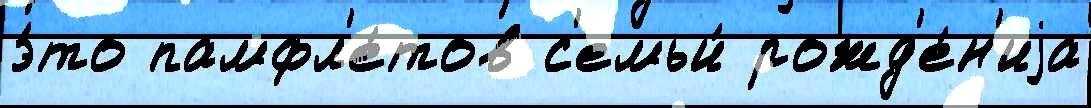
э́то памфл'е́тов с'емьи́ рожд'е́н'иjа